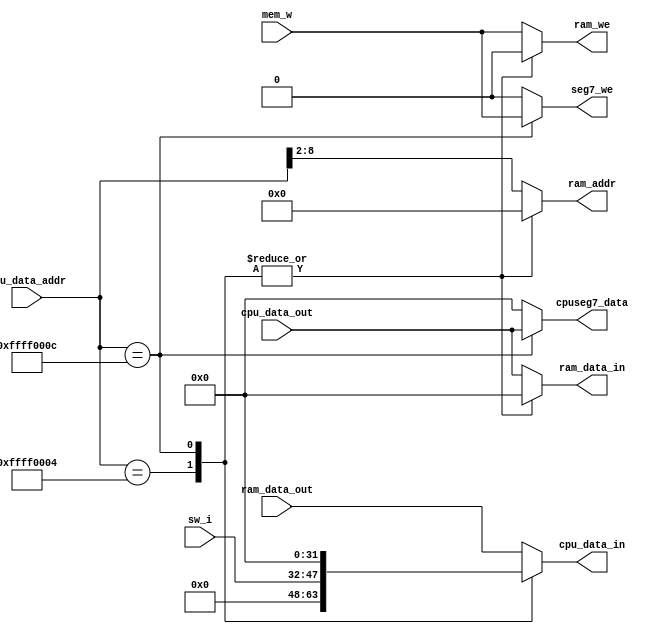
`timescale 1ns / 1ps
//////////////////////////////////////////////////////////////////////////////////
// Company: 
// Engineer: 
// 
// Design Name: 
// Module Name:    MIO_BUS 
// Project Name: 
// Target Devices: 
// Tool versions: 
// Description: 
//
// Dependencies: 
//
// Revision: 
// Revision 0.01 - File Created
// Additional Comments: 
//
//////////////////////////////////////////////////////////////////////////////////

// memory IO bus

module MIO_BUS(
    input mem_w,
    input [15:0]  sw_i,               // switch input
    input [31:0]  cpu_data_out,       // data from CPU
    input [31:0]  cpu_data_addr,      // address for CPU
    input [31:0]  ram_data_out,       // data from data memory
    
    output reg [31:0]  cpu_data_in,   // data to CPU
    output reg [31:0]  ram_data_in,   // data to data memory
    output reg [6:0]   ram_addr,      // address for data memory
    output reg [31:0]  cpuseg7_data,  // cpu seg7 data (from sw instruction)
    output reg ram_we,                // signal to write data memory
    output reg seg7_we                // signal to write seg7 display 
);


//RAM & IO decode signals:
  always @* begin

    ram_addr = 7'h0;
    ram_data_in = 32'h0;
    cpuseg7_data = 32'h0;
    cpu_data_in = 32'h0;
    seg7_we = 0;
    ram_we = 0;
    
    case(cpu_data_addr[31:0])
      32'hffff0004: // switch
        cpu_data_in = {16'h0, sw_i};
      32'hffff000c: begin // seg7
        cpuseg7_data = cpu_data_out;
        seg7_we = mem_w;
        end
      default: begin
        ram_addr = cpu_data_addr[8:2];
        ram_data_in = cpu_data_out;
        ram_we = mem_w;
        cpu_data_in = ram_data_out;
      end
    endcase
  end

endmodule